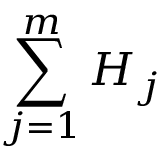
\sum _ { j = 1 } ^ { m } H _ { j }